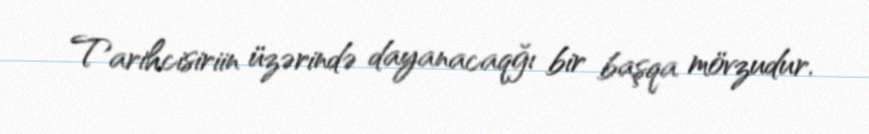
Tarihcisiriin üzərində dayanacaqğı bir başqa mövzudur.